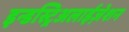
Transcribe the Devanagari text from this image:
इन्डस्ट्रिअलाईज़ेशन